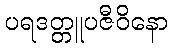
ပရဒတ္တူပဇီဝိနော